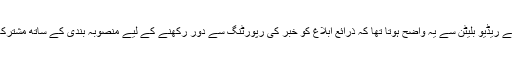
بی بی سی اردو کے ریڈیو بلیٹن سے یہ واضح ہوتا تھا کہ ذرائع ابلاغ کو خبر کی رپورٹنگ سے دور رکھنے کے لیے منصوبہ بندی کے ساتھ مشترکہ کوشش کی گئی۔